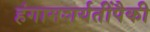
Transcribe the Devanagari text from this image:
हंगामशर्यतींपैकी